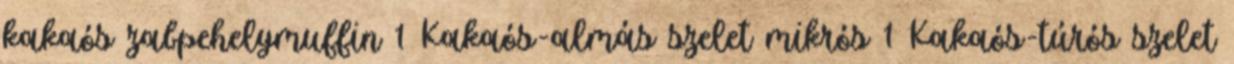
kakaós zabpehelymuffin 1 Kakaós-almás szelet mikrós 1 Kakaós-túrós szelet